Report on sanitation, dispensaries, and jails in Rajputana for 1910, and on vaccination for the year 1910-1911 - 1910-1911
Year: 1910
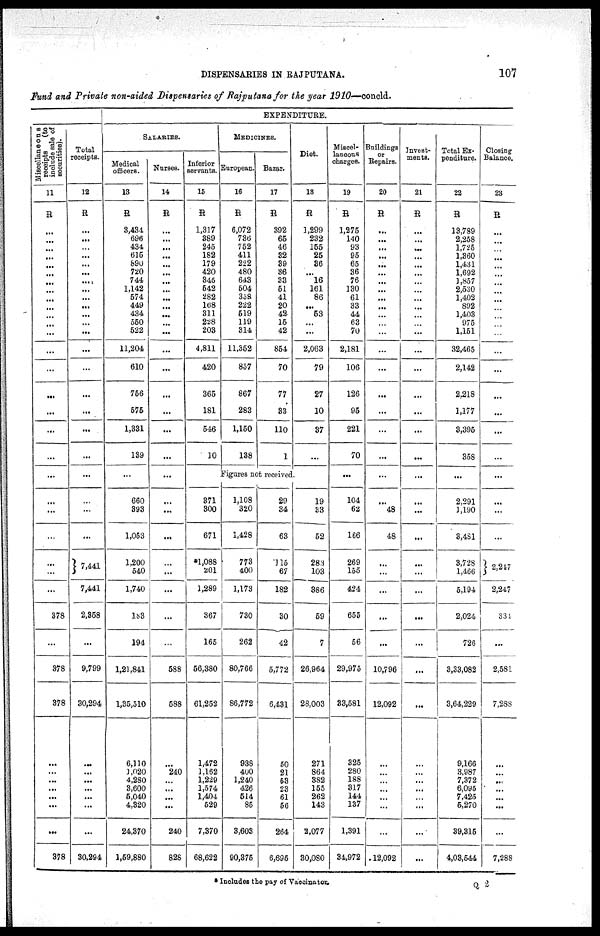
DISPENSARIES IN RAJPUTANA.
107
Fund and Private non-aided Dispensaries of Rajputana for the year 1910—concld.
Miscellaneous
receipts
(to
include sale of
securities).
11
R
...
...
...
...
...
...
...
...
...
...
...
...
...
...
...
...
...
...
...
...
...
...
...
...
...
...
378
...
378
378
...
...
...
...
...
...
...
378
Total
receipts.
12
R
...
...
...
...
...
...
...
...
...
...
...
...
...
...
...
...
...
...
...
...
...
...
...
7,441
7,441
2,358
...
9,799
30,294
...
...
...
...
...
...
...
30,294
EXPENDITURE.
SALARIES.
Medical
officers.
13
R
3,434
696
434
615
890
720
744
1,142
574
449
434
550
522
11,204
610
756
575
1,331
139
...
660
393
1,053
1,200
540
1,740
183
194
1,21,841
1,35,510
6,110
1,020
4,280
3,600
5,040
4,320
24,370
1,59,880
Nurses.
14
R
...
...
...
...
...
...
...
...
...
...
...
...
...
...
...
...
...
...
...
...
...
...
...
...
...
...
...
...
588
588
...
240
...
...
...
...
240
828
Inferior
servants.
15
R
1,317
389
245
182
179
420
345
542
282
168
311
228
203
4,811
420
365
181
546
10
MEDICINES.
European.
16
R
6,072
736
752
411
222
480
643
504
358
222
519
119
314
11,352
857
867
283
1,150
138
Bazar.
17
R
392
65
46
32
39
36
33
51
41
20
42
15
42
854
70
77
33
110
1
Diet
18
R
1,299
232
155
25
36
...
16
161
86
...
53
...
...
2,063
79
27
10
37
...
Figures not received
371
300
671
*1,088
201
1,289
367
165
56,380
61,252
1,472
1,162
1,229
1,574
1,404
529
7,370
68,622
1,108
320
1,428
773
400
1,173
730
262
80,766
86,772
938
400
1,240
426
514
85
3,603
90,375
29
34
63
115
67
182
30
42
5,772
6,431
50
21
53
23
61
56
264
6,695
19
33
52
283
103
386
59
7
26,964
28,003
271
864
382
155
262
143
2,077
30,080
Miscel¬
laneous
charges.
19
R
1,275
140
93
95
65
36
76
130
61
33
44
63
70
2,181
106
126
95
221
70
...
104
62
166
269
155
424
655
56
29,975
33,581
325
280
188
317
144
137
1,391
34,972
Buildings
or
Repairs.
20
R
...
...
...
...
...
...
...
...
...
...
...
...
...
...
...
...
...
...
...
...
...
48
48
...
...
...
...
...
10,796
12,092
...
...
...
...
...
...
...
12,092
Invest-
ments.
21
R
...
...
...
...
...
...
...
...
...
...
...
...
...
...
...
...
...
...
...
...
...
...
...
...
...
...
...
...
...
...
...
...
...
...
...
...
...
...
Total Ex-
penditure.
22
R
13,789
2,258
1,725
1,360
1,431
1,692
1,857
2,530
1,402
892
1,403
975
1,151
32,465
2,142
2,218
1,177
3,395
358
...
2,291
1,190
3,481
3,728
1,466
5,194
2,024
726
3,33,082
3,64,229
9,166
3,987
7,372
6,095
7,425
5,270
39,315
4,03,544
Closing
Balance.
23
R
...
...
...
...
...
...
...
...
...
...
...
...
...
...
...
...
...
...
...
...
...
...
...
2,247
2,247
334
...
2,581
7,288
...
...
...
...
...
...
...
7,288
* Includes the pay of Vaccinator.
Q 2